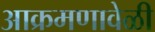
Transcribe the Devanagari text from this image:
आक्रमणावेळी